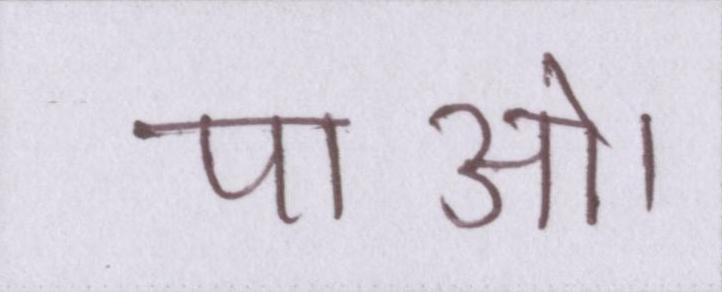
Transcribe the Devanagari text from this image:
पाओ।